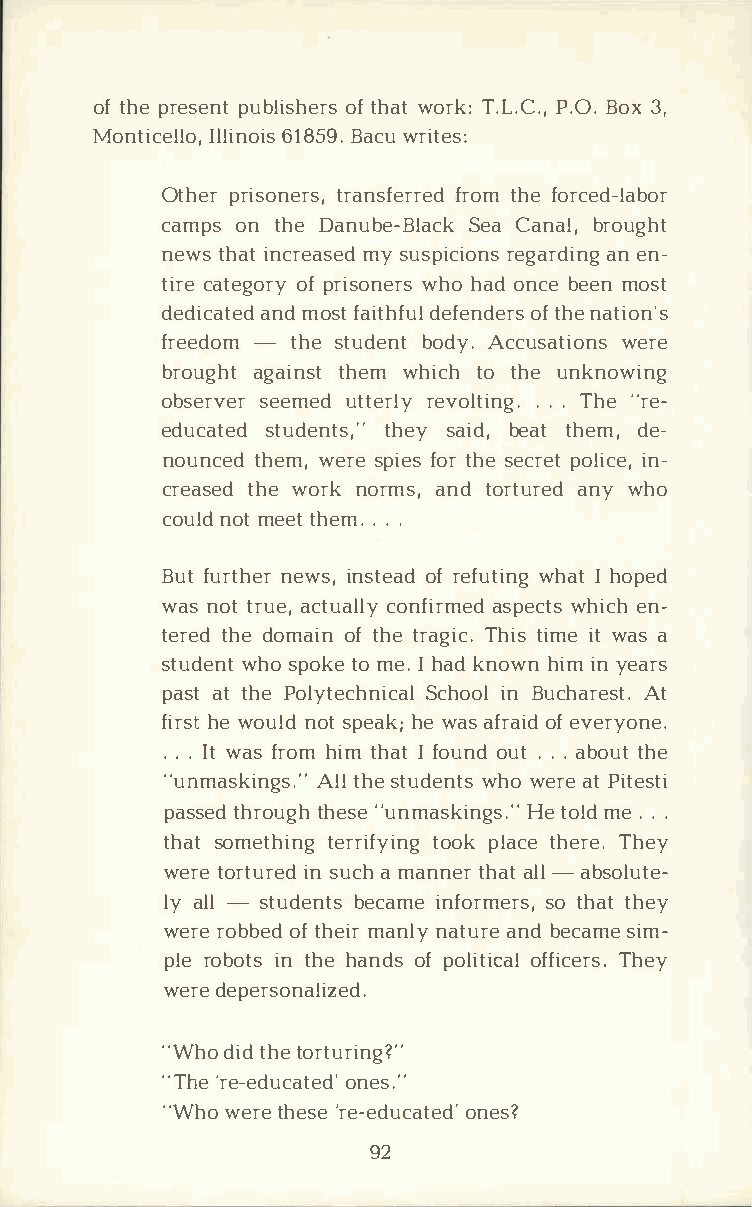
oft hper espeunbtl iosfht ehrawsto rTk.:L ,.P C..OB.o x3 ,
 MonticIelllli6on1,o8 i5Bs9a .cw ur ites:
 Othperri sotnrearnss,f ferrotrmhe fedo rced-labor
 camposn t heD anube-SBelaaC cakn ablr,o ught
 newtsh aitn cremayss euds pirceigoanrsad nei nn­g
 ticraet egoofpr ryi sownheohr asod n cbee emno st
 dedicaantmdeo dsf ta itdheffueln odfte hrnesa tion's
 freed-otmh es tudbeondty A.c cusatwieroen s
 brougahgta itnhsetwm h icthot heu nknowing
 obsersveeerm uetdt errelvyo l.t i.Tn.hg e." re­
 educastteudd entthse,sy·a ·i bde,a tth emd,e ­
 nounctehde wme,r sep ifeostr h see cproelti icne­,
 creatsheewdo rnko rmasn,dt ortuarneywd h o
 counlodmt e etth e.m. ..
 Buftu rtnheewris n,s toefra edf uwthianItgh oped
 wasn ottr uaec,t ucaolnlfyi arsmpeedwc htisce hn­
 tertehdde o maoifnt hter agTihcit.si mietw asa
 studwehnost p otkoem e I.h akdn owhni imn y ears
 pasattt hPeo lytecShcnhioiconaBl lu charAets t.
 firhsewt o ulndos tp eahkew; a asf roafei vde ry.o ne
 . I.t w a.s f rohmi mt haIft o uonud.t . a.b otuhte
 "unmaskiAnltglhs se.t "u dewnhtows e raetP itesti
 passtehdr otuhgeh·'s uen mas·kH ie·nt gosml.ed. ..
 thasto methtienrgr itfoyoipknl ga tchee rTeh.e y
 werteo rtiunrs eudca hm anntehraa tl- la bsolute­
 lya l-l studebnetcsa imnef ormseotr hsat,th ey
 werreo bboeftd h emiarn lnya tuarnebd e casmiem ­
 plreo boitnts h hea ndosfp olitofifciaTclhe erys .
 werdee personalized.
 "Whdoi tdh teo rturing?"
 "Th'er e-edounceast.e"d '
 "Whwoe rteh e'sree -edounceast?e d'
 92